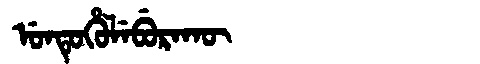
Manchu: ᡠᠨᡨᡠᡥᡠᠯᡝᠪᡠᡵᠠᡴᡡ
Romanization: UNTUHULEBURAKŪ